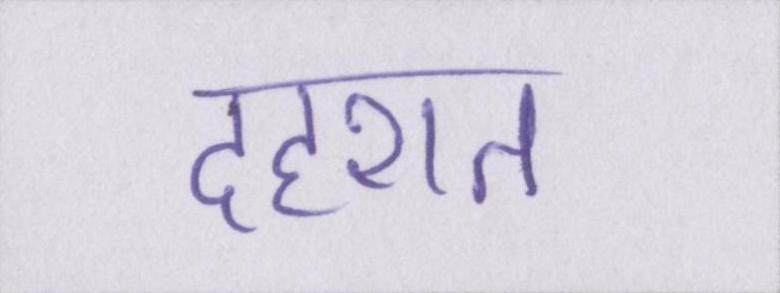
दहशत